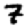
Digit: 7